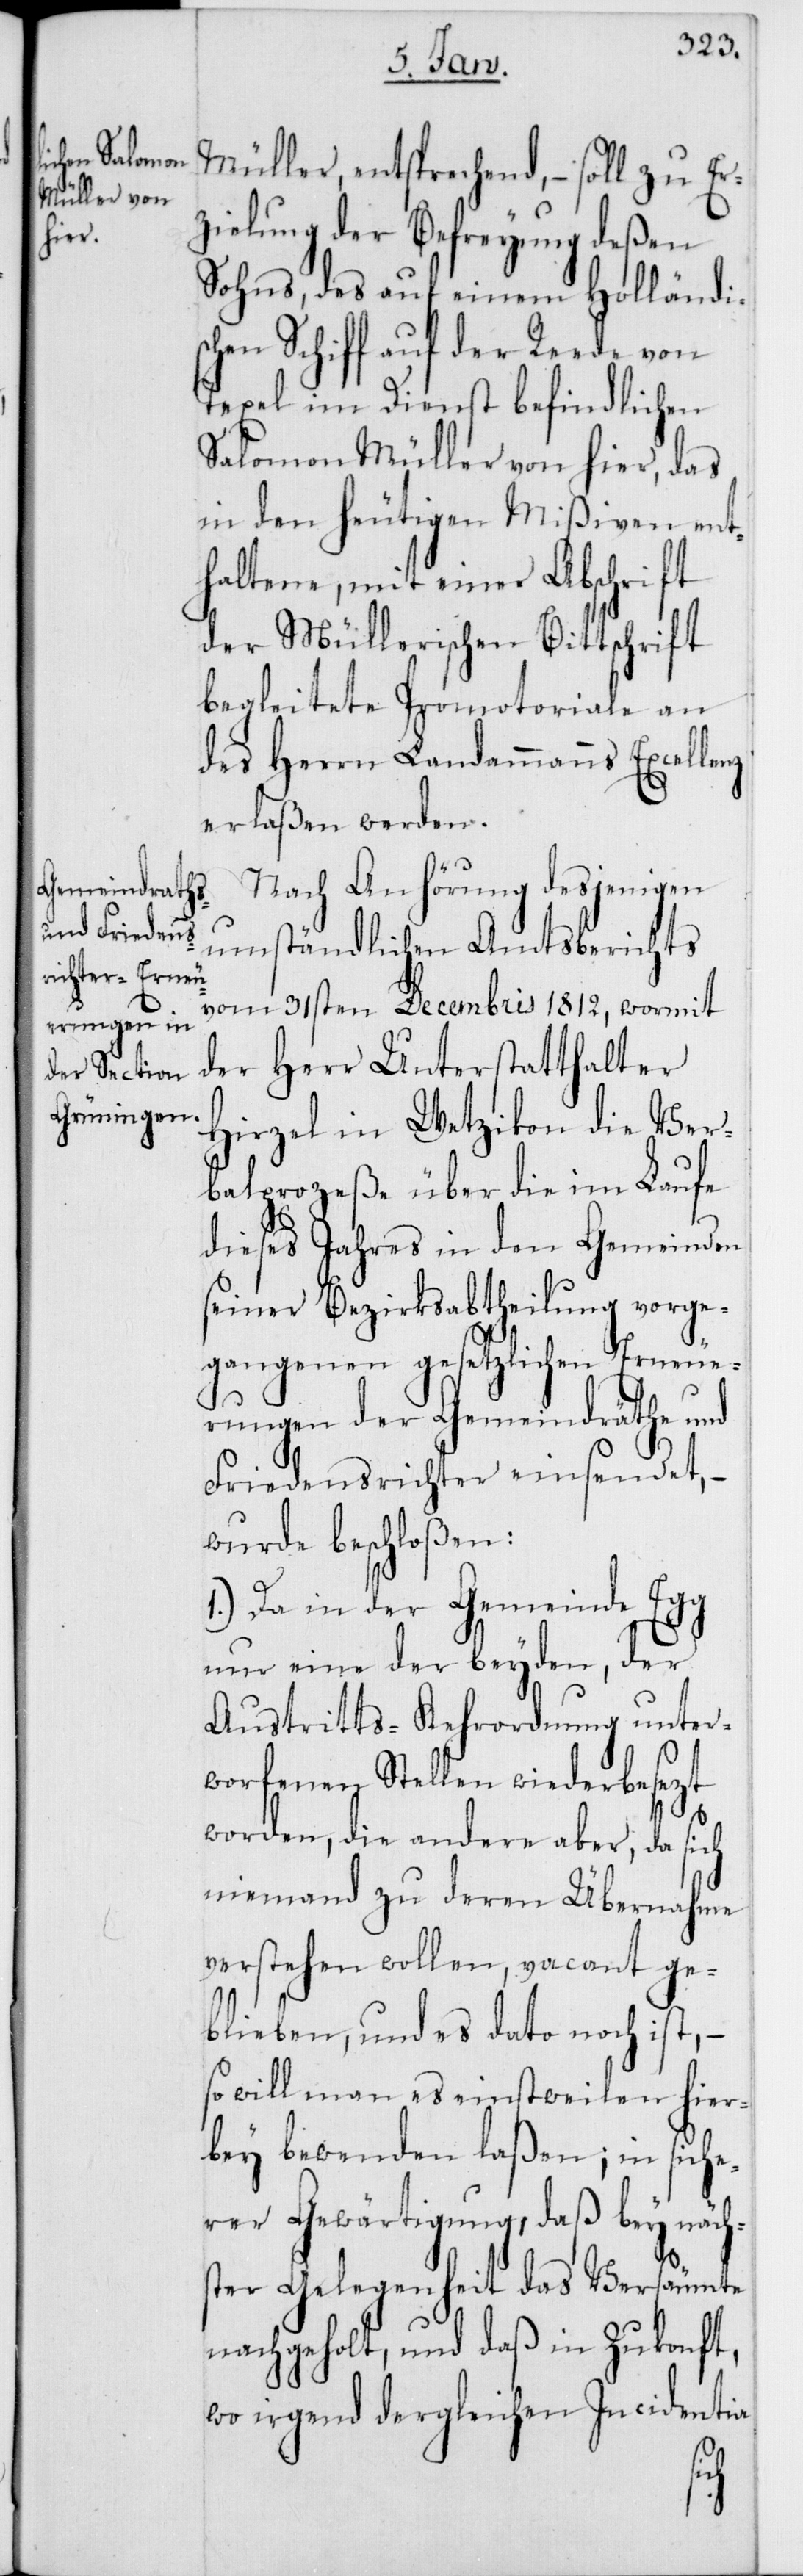
Müller, entsprechend, – soll zu Er¬
zielung der Befreyung deßen
Sohns, des auf einem Holländi¬
schen Schiff auf der Reede von
Texel im Dienst befindlichen
Salomon Müller von hier, das
in den heutigen Mißiven ent¬
haltene, mit einer Abschrift
der Müllerischen Bittschrift
begleitete Promotoriale an
des Herrn Landammanns Excellenz
erlaßen werden.
Nach Anhörung desjenigen
umständlichen Amtsberichts
vom 31sten Decembris 1812, wormit
der Herr Unterstatthalter
Hirzel in Wetzikon die Ver¬
balprozeße über die im Laufe
dieses Jahres in den Gemeinden
seiner Bezirksabtheilung vorge¬
gangenen gesetzlichen Erneue¬
rungen der Gemeindräthe und
Friedensrichter einsendet, –
wurde beschloßen:
1.) Da in der Gemeinde Egg
nur eine der beyden, der
Austritts-Kehrordnung unter¬
worfenen Stellen wiederbesezt
worden, die andere aber, da sich
niemand zu deren Übernahme
verstehen wollen, vacant ge¬
blieben, und es dato noch ist, –
so will man es einstweilen hier¬
bey bewenden laßen; in siche¬
rer Gewärtigung, daß bey nächs¬
ter Gelegenheit das Versäumte
nachgeholt, und daß in Zukonft,
wo irgend dergleichen Incidentia